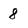
Character: 8